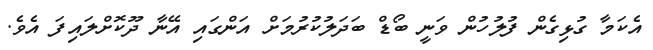
އެކަމާ ގުޅިގެން ފުލުހުން ވަނީ ބޯޑް ބަދަލުކުރުމަށް އަންގައި އޭނާ ދޫކޮށްލައިފަ އެވެ.